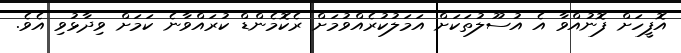
އޮފީހަށް ފޮނުއްވާ އެ އުސޫލުތަކަށް އަމަލުކުރެއްވުމަށް ރެކޮމެންޑް ކުރައްވާނެ ކަމަށް ވިދާޅުވި އެވެ.